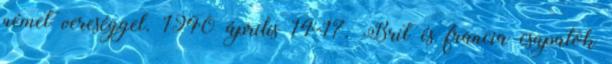
német vereséggel. 1940 április 14-17. Brit és francia csapatok